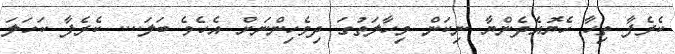
ކެރެފާ ތިހާ ހެޔޮއެދެންޔާ ނިކަން މިހާލަތުގަ ދިވެހިންނަށް އެހެވެ ބަލަ.... ކެރެފާ ކަހަލަ